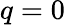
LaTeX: q=0